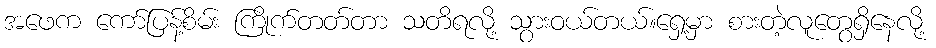
အဖေက ကော်ပြန့်စိမ်း ကြိုက်တတ်တာ သတိရလို့ သွားဝယ်တယ်။ရှေ့မှာ စားတဲ့လူတွေရှိနေလို့